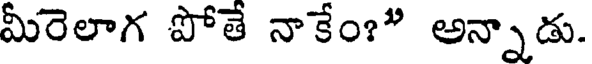
మీరెలాగ పోతే నాకేం?" అన్నాడు.